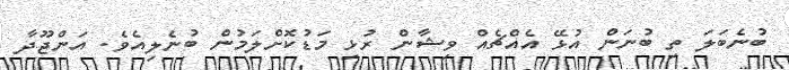
ބުނެބަލަ ތި ބުނަން އުޅޭ އެއްޗެއް ވިޝާން ރުޅި މަޑުކޮށްލަމުން ބުނެލިއެވެ. އަންޖޫދާ